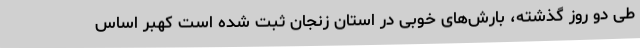
طی دو روز گذشته، بارش‌های خوبی در استان زنجان ثبت شده است کهبر اساس